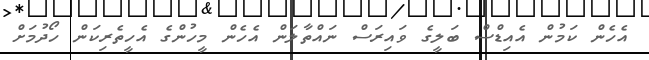
އެހެން ކަމުން އެއިޑްސް ބަލީގެ ވައިރަސް ނައްތާލަން އެހެން މީހުންގެ އެހީތެރިކަން ހޯދުމަށް